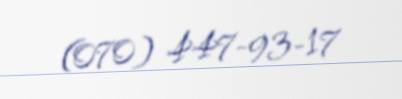
(070) 447-93-17